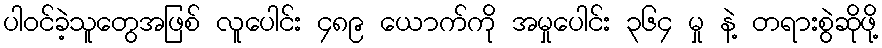
ပါဝင်ခဲ့သူတွေအဖြစ် လူပေါင်း ၄၈၉ ယောက်ကို အမှုပေါင်း ၃၆၄ မှု နဲ့ တရားစွဲဆိုဖို့